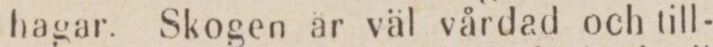
hagar. Skogen är väl vårdad och till-